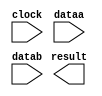
// megafunction wizard: %ALTFP_ADD_SUB%VBB%
// GENERATION: STANDARD
// VERSION: WM1.0
// MODULE: altfp_add_sub 

// ============================================================
// Megafunction Name(s):
// 			altfp_add_sub
//
// Simulation Library Files(s):
// 			lpm
// ============================================================
// ************************************************************
// THIS IS A WIZARD-GENERATED FILE. DO NOT EDIT THIS FILE!
//
// 13.1.0 Build 162 10/23/2013 SJ Full Version
// ************************************************************

//Copyright (C) 1991-2013 Altera Corporation
//Your use of Altera Corporation's design tools, logic functions 
//and other software and tools, and its AMPP partner logic 
//functions, and any output files from any of the foregoing 
//(including device programming or simulation files), and any 
//associated documentation or information are expressly subject 
//to the terms and conditions of the Altera Program License 
//Subscription Agreement, Altera MegaCore Function License 
//Agreement, or other applicable license agreement, including, 
//without limitation, that your use is for the sole purpose of 
//programming logic devices manufactured by Altera and sold by 
//Altera or its authorized distributors.  Please refer to the 
//applicable agreement for further details.

module fp_adder (
	clock,
	dataa,
	datab,
	result)/* synthesis synthesis_clearbox = 1 */;

	input	  clock;
	input	[63:0]  dataa;
	input	[63:0]  datab;
	output	[63:0]  result;

endmodule

// ============================================================
// CNX file retrieval info
// ============================================================
// Retrieval info: PRIVATE: FPM_FORMAT NUMERIC "1"
// Retrieval info: PRIVATE: INTENDED_DEVICE_FAMILY STRING "Cyclone V"
// Retrieval info: PRIVATE: SYNTH_WRAPPER_GEN_POSTFIX STRING "0"
// Retrieval info: PRIVATE: WIDTH_DATA NUMERIC "64"
// Retrieval info: LIBRARY: altera_mf altera_mf.altera_mf_components.all
// Retrieval info: CONSTANT: DENORMAL_SUPPORT STRING "NO"
// Retrieval info: CONSTANT: DIRECTION STRING "ADD"
// Retrieval info: CONSTANT: INTENDED_DEVICE_FAMILY STRING "Cyclone V"
// Retrieval info: CONSTANT: OPTIMIZE STRING "SPEED"
// Retrieval info: CONSTANT: PIPELINE NUMERIC "7"
// Retrieval info: CONSTANT: REDUCED_FUNCTIONALITY STRING "NO"
// Retrieval info: CONSTANT: WIDTH_EXP NUMERIC "11"
// Retrieval info: CONSTANT: WIDTH_MAN NUMERIC "52"
// Retrieval info: USED_PORT: clock 0 0 0 0 INPUT NODEFVAL "clock"
// Retrieval info: USED_PORT: dataa 0 0 64 0 INPUT NODEFVAL "dataa[63..0]"
// Retrieval info: USED_PORT: datab 0 0 64 0 INPUT NODEFVAL "datab[63..0]"
// Retrieval info: USED_PORT: result 0 0 64 0 OUTPUT NODEFVAL "result[63..0]"
// Retrieval info: CONNECT: @clock 0 0 0 0 clock 0 0 0 0
// Retrieval info: CONNECT: @dataa 0 0 64 0 dataa 0 0 64 0
// Retrieval info: CONNECT: @datab 0 0 64 0 datab 0 0 64 0
// Retrieval info: CONNECT: result 0 0 64 0 @result 0 0 64 0
// Retrieval info: GEN_FILE: TYPE_NORMAL fp_adder.v TRUE
// Retrieval info: GEN_FILE: TYPE_NORMAL fp_adder.inc FALSE
// Retrieval info: GEN_FILE: TYPE_NORMAL fp_adder.cmp FALSE
// Retrieval info: GEN_FILE: TYPE_NORMAL fp_adder.bsf FALSE
// Retrieval info: GEN_FILE: TYPE_NORMAL fp_adder_inst.v FALSE
// Retrieval info: GEN_FILE: TYPE_NORMAL fp_adder_bb.v TRUE
// Retrieval info: LIB_FILE: lpm